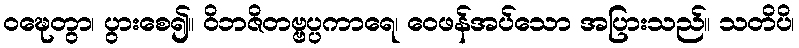
ဝဍ္ဎေတွာ၊ ပွားစေ၍။ ဝိဘဇိတဗ္ဗပ္ပကာရေ၊ ဝေဖန်အပ်သော အပြားသည်။ သတိပိ၊